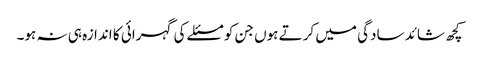
کچھ شائد سادگی میں کرتے ہوں جن کو مسئلے کی گہرائی کا اندازہ ہی نہ ہو۔